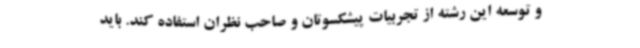
و توسعه این رشته از تجربیات پیشکسوتان و صاحب نظران استفاده کند. باید